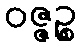
ဝဇ္ဇဉ္စ